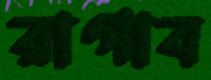
রাগাব